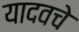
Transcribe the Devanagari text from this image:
यादवचे